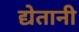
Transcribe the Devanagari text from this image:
द्येतानी